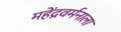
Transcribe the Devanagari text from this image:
महेंद्रवर्मनाला